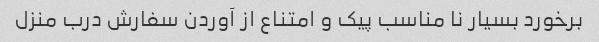
برخورد بسیار نا مناسب پیک و امتناع از آوردن سفارش درب منزل